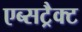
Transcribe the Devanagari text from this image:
एब्सट्रैक्ट